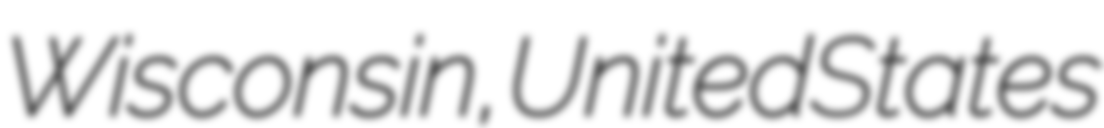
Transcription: Wisconsin, United States